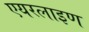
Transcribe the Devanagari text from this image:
एयरलाइण